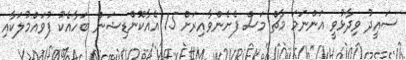
ސައީދު ވިދާޅުވީ އަންނަމަ މާޗް މަސް ފެށެންވާއިރަށް 15 އެއާކޮންޑިޝަން ބަހާއެކު ފުވައްމުލަކާއި